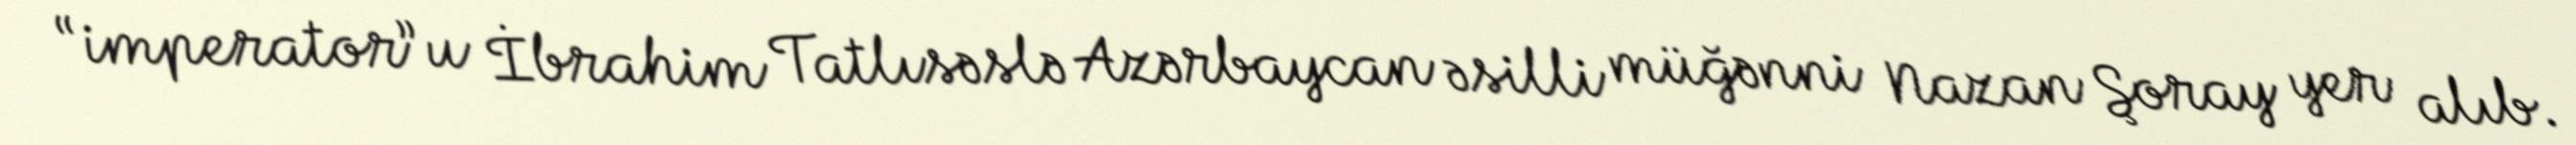
“imperator”u İbrahim Tatlısəslə Azərbaycan əsilli müğənni Nazan Şoray yer alıb.